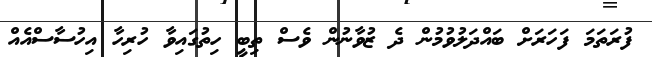
ފުރަތަމަ ފަހަރަށް ބައްދަލުވުމުން ދެ ޒުވާނުން ވެސް ތިބީ ހިތުގައިވާ ހުރިހާ އިހުސާސްއެއް